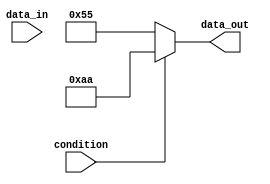
module if_else_statement (
    input wire condition,
    input wire [7:0] data_in,
    output wire [7:0] data_out
);

    reg [7:0] true_data = 8'b10101010;
    reg [7:0] false_data = 8'b01010101;

    always @(condition) begin
        if (~condition) begin
            data_out <= false_data;
        end else begin
            data_out <= true_data;
        end
    end

endmodule